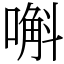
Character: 嘝